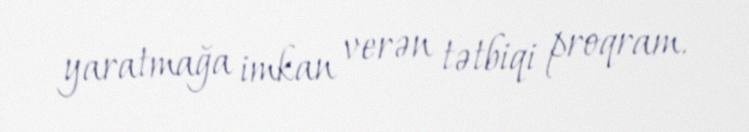
yaratmağa imkan verən tətbiqi proqram.